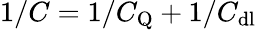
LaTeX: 1/C=1/C_{\mathrm{Q}}+1/C_{\mathrm{dl}}